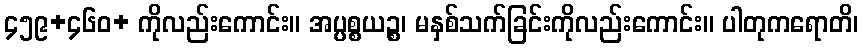
၄၅၉+၄၆၀+ ကိုလည်းကောင်း။ အပ္ပစ္စယဉ္စ၊ မနှစ်သက်ခြင်းကိုလည်းကောင်း။ ပါတုကရောတိ၊